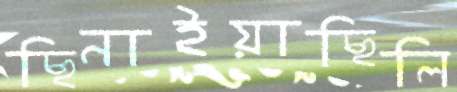
ছিনাইয়াছিলি